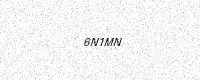
Text: 6N1MN